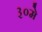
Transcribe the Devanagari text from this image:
३०मे